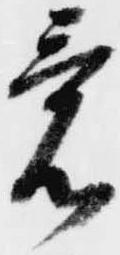
意